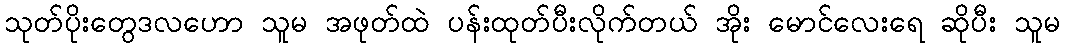
သုတ်ပိုးတွေဒလဟော သူမ အဖုတ်ထဲ ပန်းထုတ်ပီးလိုက်တယ် အိုး မောင်လေးရေ ဆိုပီး သူမ